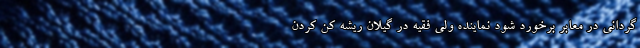
گردانی در معابر برخورد شود نماینده ولی فقیه در گیلان ریشه کن کردن